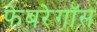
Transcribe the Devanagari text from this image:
फेबरेगॉस